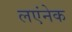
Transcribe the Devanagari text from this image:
लएंनेक